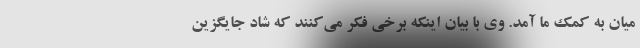
میان به کمک ما آمد. وی با بیان اینکه برخی فکر می‌کنند که شاد جایگزین